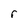
Character: r